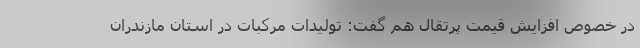
در خصوص افزایش قیمت پرتقال هم گفت: تولیدات مرکبات در استان مازندران